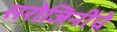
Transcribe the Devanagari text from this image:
सरोजिनींचे